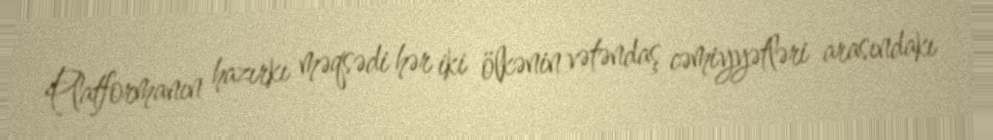
Platformanın hazırkı məqsədi hər iki ölkənin vətəndaş cəmiyyətləri arasındakı